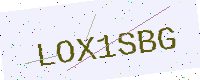
Text: LOX1SBG